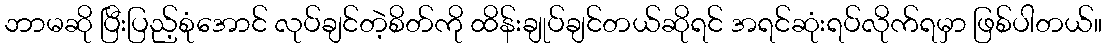
ဘာမဆို ပြီးပြည့်စုံအောင် လုပ်ချင်တဲ့စိတ်ကို ထိန်းချုပ်ချင်တယ်ဆိုရင် အရင်ဆုံးရပ်လိုက်ရမှာ ဖြစ်ပါတယ်။